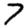
Digit: 7